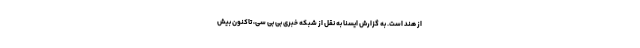
از هند است. به گزارش ایسنا به نقل از شبکه خبری بی بی سی، تاکنون بیش